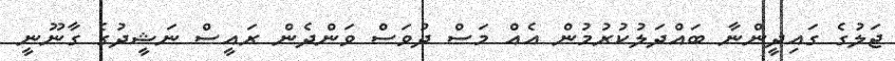
ޖަލުގެ ގައިދީންނާ ބައްދަލުކުރުމުން އެއް މަސް ދުވަސް ވަންދެން ރައީސް ނަޝީދުގެ ގާނޫނީ